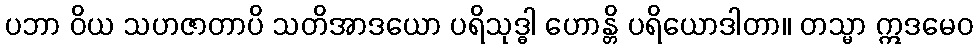
ပဘာ ဝိယ သဟဇာတာပိ သတိအာဒယော ပရိသုဒ္ဓါ ဟောန္တိ ပရိယောဒါတာ။ တသ္မာ ဣဒမေဝ